Laane_maakonnavalitsus, lk 8
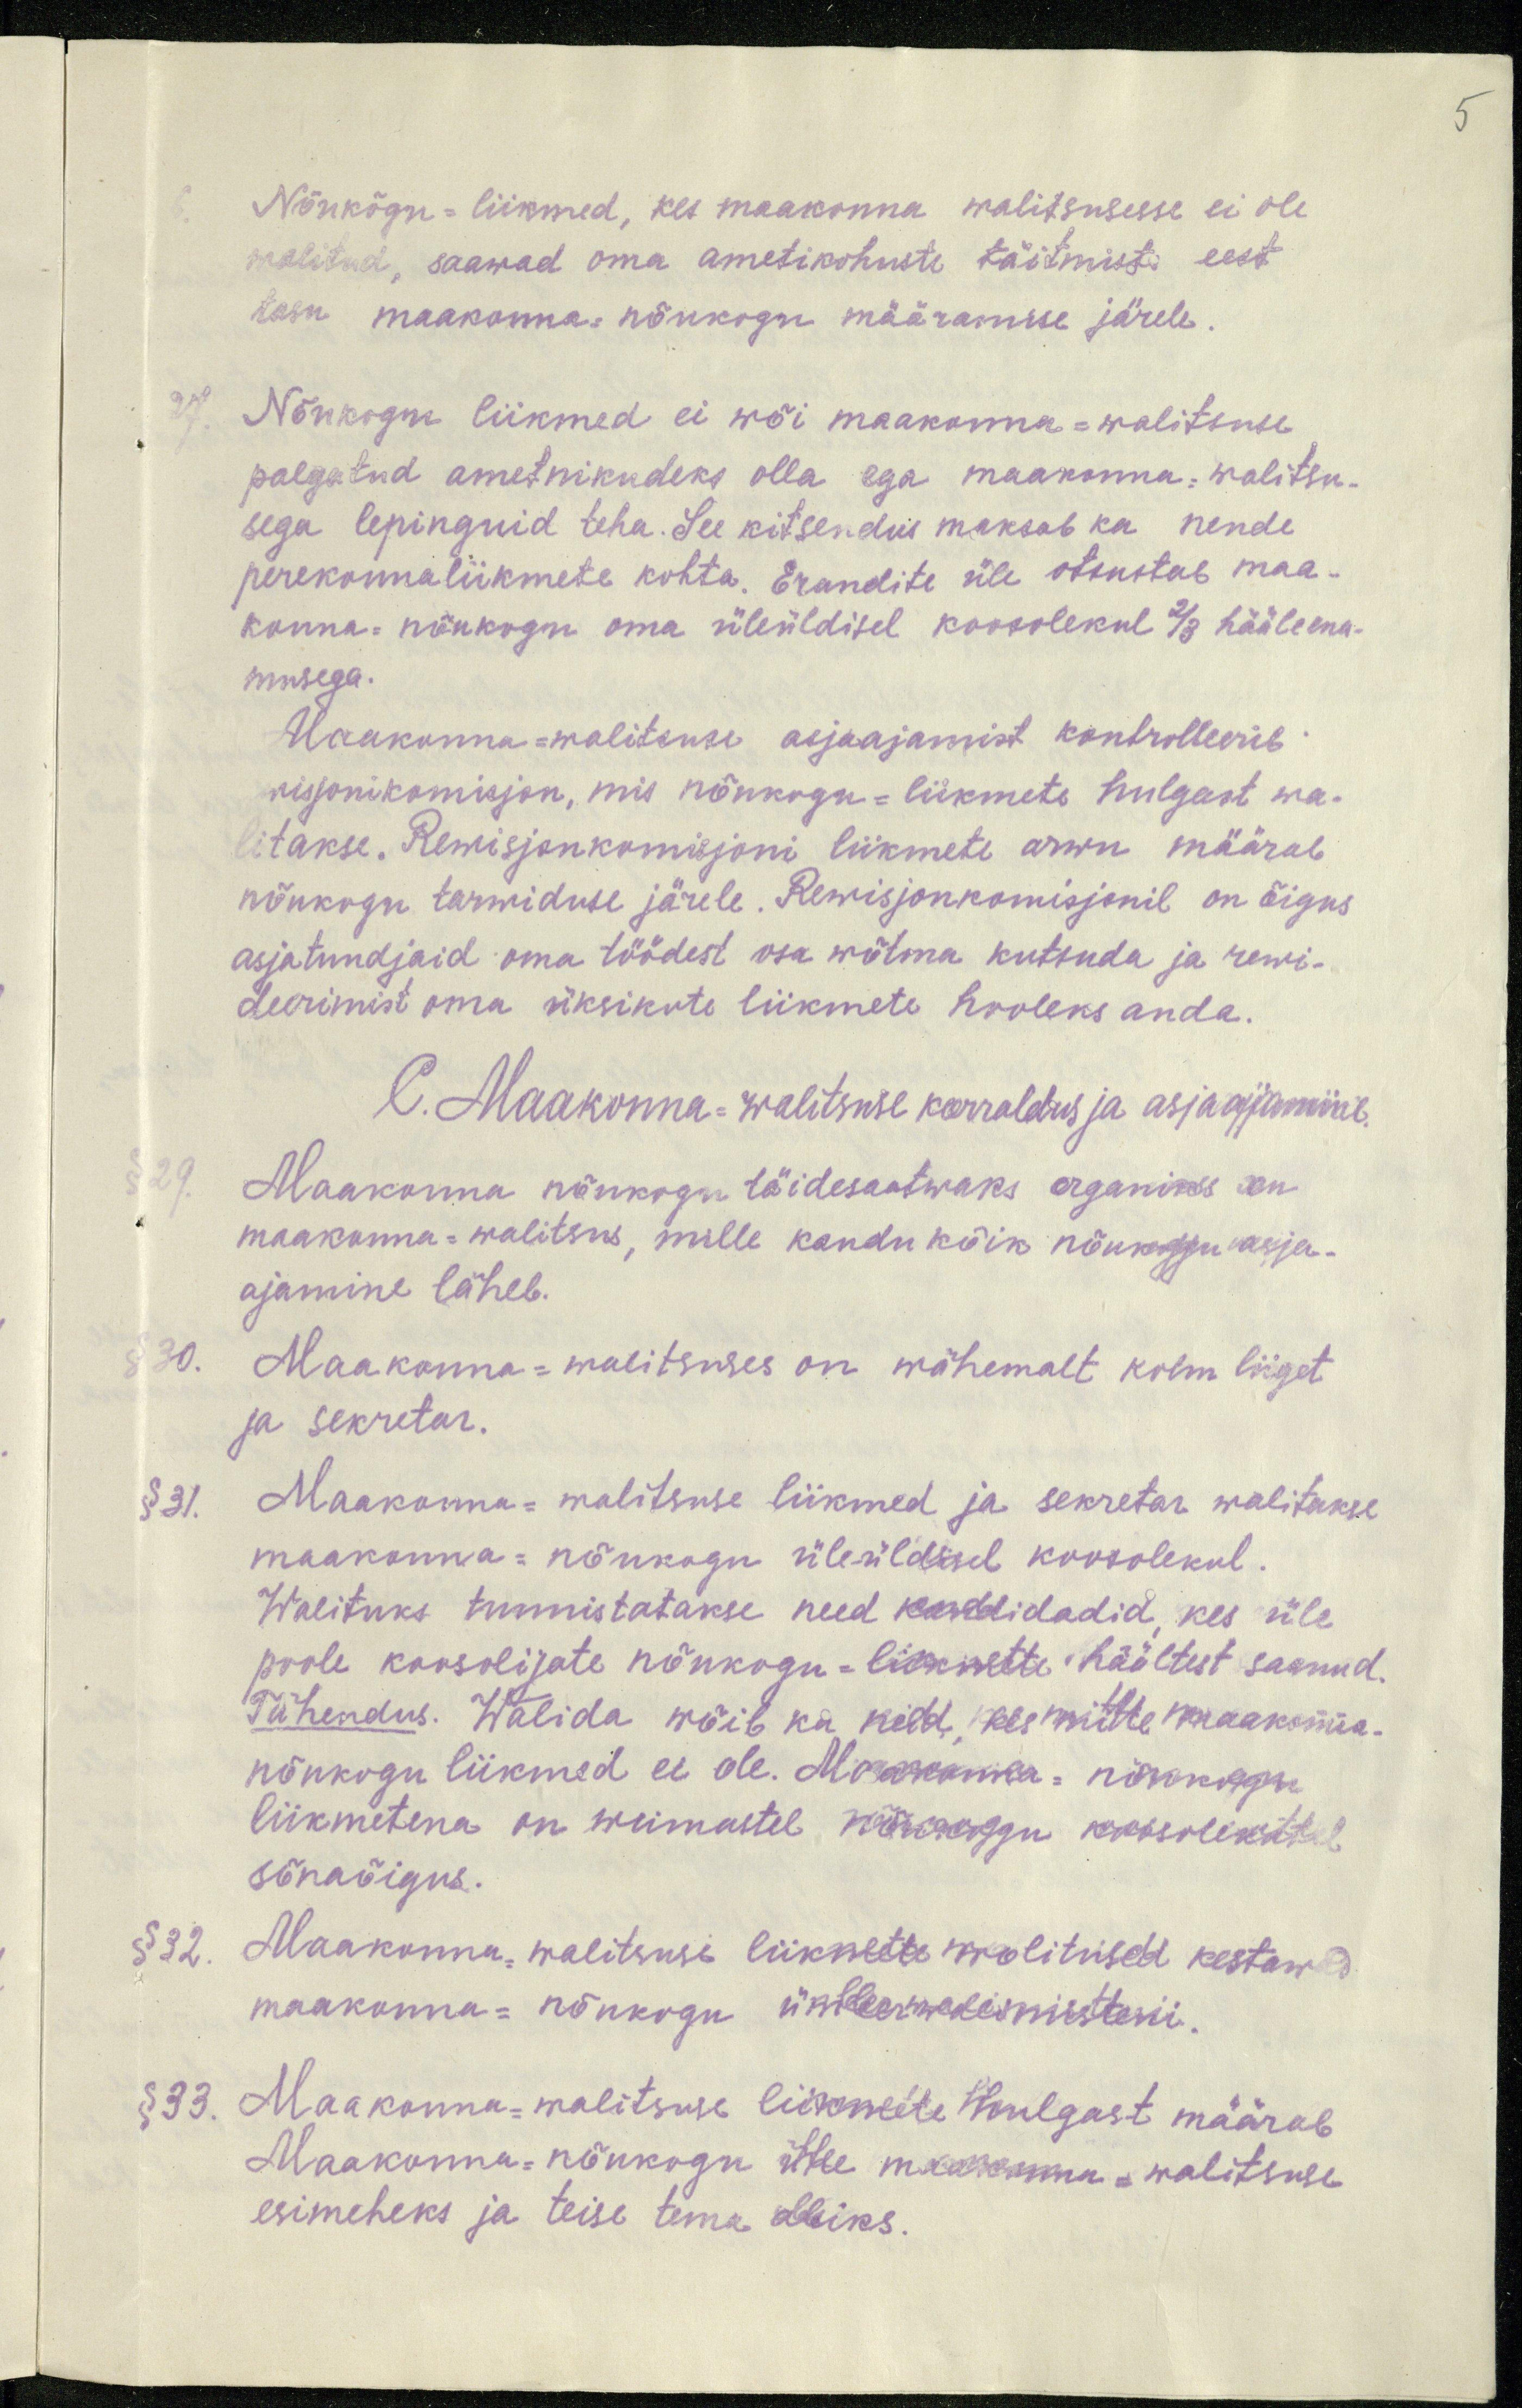
5

Nõukõgu-liikmed, kes maakonna walitsusesse ei ole
walitud, saawad oma ametikohuste täitmiste eest.
tasu maakonna, nõukogu määramise järele.
Nõukogu liikmed ei wõi maakonna-walitsuse
palgatud ametnikudeks olla ega maakonna. walitsu-
sega lepinguid teha. See kitsendus maksab ka nende
perekonnaliikmete kohta. Erandite üle otsustab maa-
konna-nõukogu oma üleüldisel koosolekul 2/3 hääleena-
musega.
Maakonna-walitsuse asjaajamist kontrolleerib
wisjonikomisjon, mis nõukogu-liikmete hulgast wa-
litakse. Rewisjonkomisjoni liikmete arwu määrab
nõukogu tarwiduse järele. Rewisjonkomisjonil on õigus
asjatundjaid oma töödest osa wõtma kutsuda ja rewi-
deerimist oma üksikute liikmete hooleks anda.
C. Maakonna-walitsuse korraldus ja asjaajamine.
§ 29.
Maakonna nõukogu täidesaatwaks organiks on
maakonna-walitsus, mille kandu kõik nõukogu asja-
ajamine läheb.
30.
Maakonna-walitsuses on wähemalt kolm liiget
ja sekretar.
§ 31.
Maakonna-walitsuse liikmed ja sekretar walitakse
maakonna-nõukogu üleüldisel koosolekul.
Walituks tunnistatakse need kandidadid, kes üle
poole koosolijate nõukogu-liikmete häältest saanud.
Tähendus. Walida wõib ka neid kes mitte maakonna-
nõukogu liikmed ei ole. Maakonna- nõukogu
liikmetena on wiimastel nõukogu koosolekutel.
sõnaõigus.
§32. Maakonna-walitsuse liikmete wolitused kestawad
maakonna- nõukogu ümberwalimisteni.
§ 33. Maakonna-malitsuse liikmete hulgast määrab
Maakonna-nõukogu ühe maakonna-walitsuse
esimeheks ja teise tema abiks.